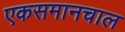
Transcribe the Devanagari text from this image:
एकसमानचाल